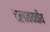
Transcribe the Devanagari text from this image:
चलावयवीय